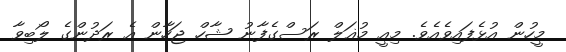
މީހުން އުޅެފައިވެއެވެ. މިއީ މުޣަލް ރަސްގެފާނު ޝާހް ޖަހާން އެ ރަދުންގެ ލޯބިވާ